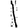
Digit: 1